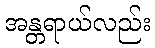
အန္တရာယ်လည်း